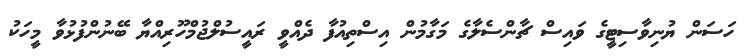
ހަސަން ޔުނިވާސިޓީގެ ވައިސް ޗާންސެލާގެ މަގާމުން އިސްތިއުފާ ދެއްވީ ރައީސުލްޖުމްހޫރިއްޔާ ބޭނުންފުޅުވާ މީހަކު